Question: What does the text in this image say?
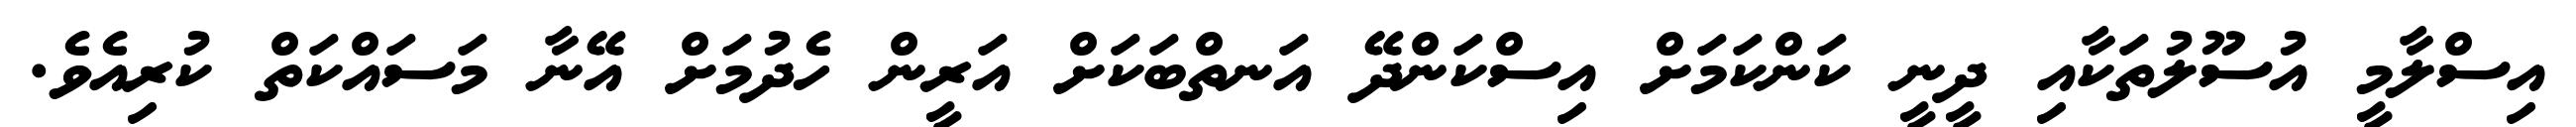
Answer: އިސްލާމީ އުސޫލުތަކާއި ދީނީ ކަންކަމަށް އިސްކަންދޭ އަނތްބަކަށް އަރީން ހެދުމަށް އޭނާ މަސައްކަތް ކުރިއެވެ.